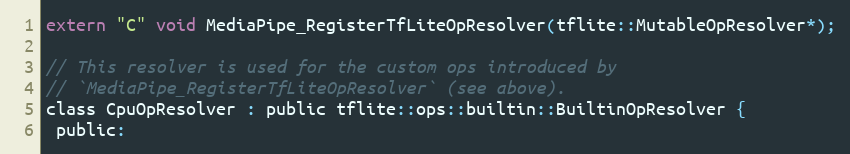
Language: C
extern "C" void MediaPipe_RegisterTfLiteOpResolver(tflite::MutableOpResolver*);

// This resolver is used for the custom ops introduced by
// `MediaPipe_RegisterTfLiteOpResolver` (see above).
class CpuOpResolver : public tflite::ops::builtin::BuiltinOpResolver {
 public: